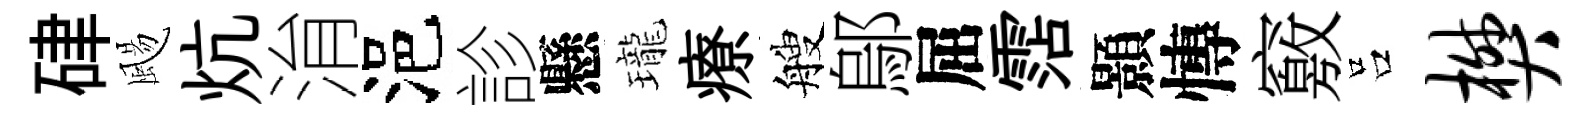
硉颺炕㳙浥診懸瓏療艘鄔屈霑顥慱竅吕樊